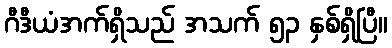
ဂီဒီယံအက်ရှိသည် အသက် ၅၃ နှစ်ရှိပြီ။